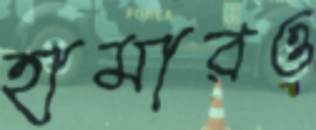
হামারও